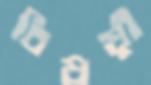
বিষয়ী